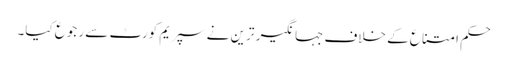
حکم امتناع کے خلاف جہانگیر ترین نے سپریم کورٹ سے رجوع کیا۔